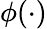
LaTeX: \phi(\cdot)